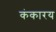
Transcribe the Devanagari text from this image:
कंकारय